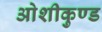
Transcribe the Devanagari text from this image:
ओशीकुण्ड